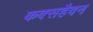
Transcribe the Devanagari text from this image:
कक्सहैवन